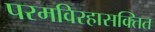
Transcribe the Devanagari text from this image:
परमविरहासक्तित